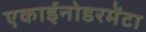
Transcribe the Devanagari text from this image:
एकाईनोडरमेंटा